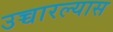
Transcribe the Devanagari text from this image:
उच्चारल्यास